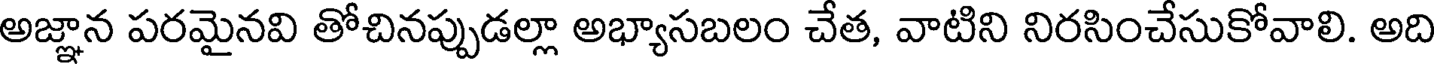
అజ్ఞాన పరమైనవి తోచినప్పుడల్లా అభ్యాసబలం చేత, వాటిని నిరసించేసుకోవాలి. అది